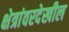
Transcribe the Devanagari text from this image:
क्षेत्रांवरदेखील